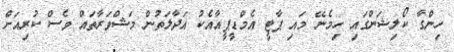
ހިންގާ ކޯލިޝަންގައި ހިމެނޭ މައި ޕާޓީ އެމްޑީޕީއާއެކު އަދާލަތުން މަޝްވަރާތައް ވެސް ކުރިއަށް